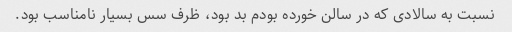
نسبت به سالادی که در سالن خورده بودم بد بود، ظرف سس بسیار نامناسب بود.